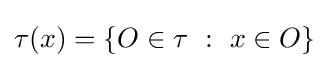
\tau (x)=\{O\in \tau ~:~x\in O\}